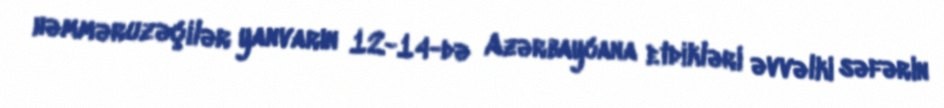
həmməruzəçilər yanvarın 12-14-də Azərbaycana etdikləri əvvəlki səfərin